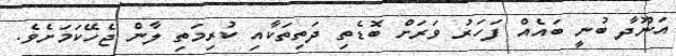
އަނޫދާ ބުނީ ބައެއް ފަހަރު ވަރަށް ބޮޑެތި ދަތިތަކާއި ކުރިމަތި ލާން ޖެހޭކަމަށެވެ.